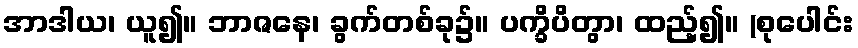
အာဒါယ၊ ယူ၍။ ဘာဇနေ၊ ခွက်တစ်ခု၌။ ပက္ခိပိတွာ၊ ထည့်၍။ (စုပေါင်း